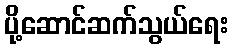
ပို့ဆောင်ဆက်သွယ်ရေး